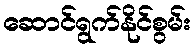
ဆောင်ရွက်နိုင်စွမ်း